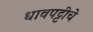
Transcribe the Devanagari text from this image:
धावपट्टीचे